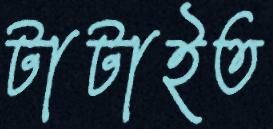
টাটাইত